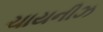
ચાયનીઝ